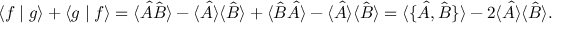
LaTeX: \langle f \mid g \rangle + \langle g \mid f \rangle = \langle { \hat { A } } { \hat { B } } \rangle - \langle { \hat { A } } \rangle \langle { \hat { B } } \rangle + \langle { \hat { B } } { \hat { A } } \rangle - \langle { \hat { A } } \rangle \langle { \hat { B } } \rangle = \langle \{ { \hat { A } } , { \hat { B } } \} \rangle - 2 \langle { \hat { A } } \rangle \langle { \hat { B } } \rangle .